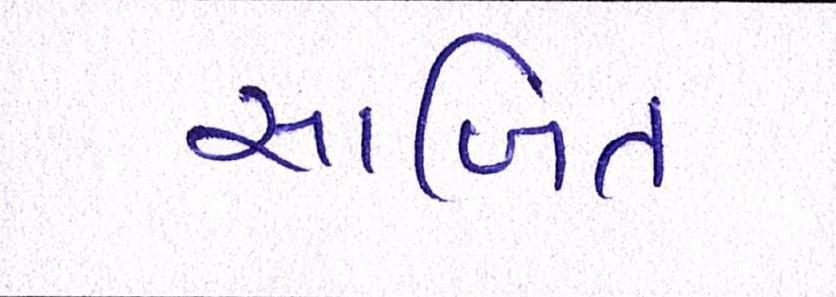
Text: સાબિત